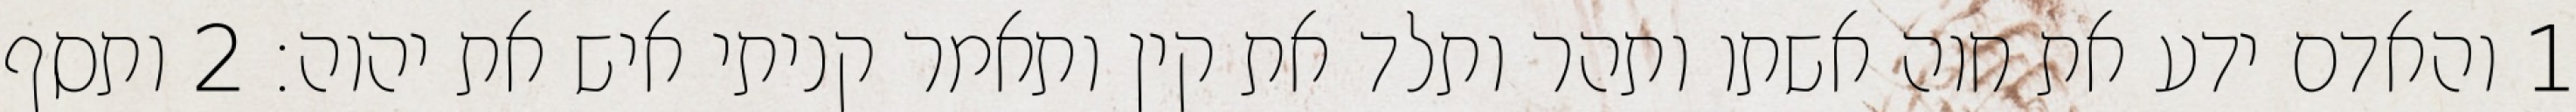
1 והאדם ידע את חוה אשתו ותהר ותלד את קין ותאמר קניתי איש את יהוה׃ ‎2‏ ותסף